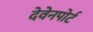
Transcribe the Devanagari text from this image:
देवेनपोर्ट